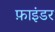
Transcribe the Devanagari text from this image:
फ़ाइंडर